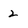
Character: 2